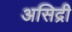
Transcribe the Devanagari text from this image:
असिद्री